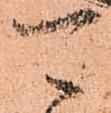
可